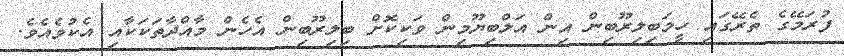
ފުރަމޭގެ ތެރޭގައި ހީމަބިލިރޫބިން އިން އަލްބިޔޫމިން ވަކިކޮށް ބިލިރޫބިން އެހެން މާއްދާތަކަކާއި އެކުވެއެވެ.